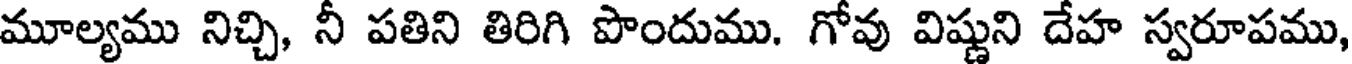
మూల్యము నిచ్చి, నీ పతిని తిరిగి పొందుము. గోవు విష్ణుని దేహ స్వరూపము,